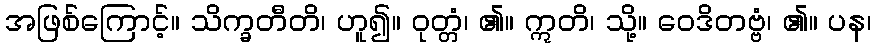
အဖြစ်ကြောင့်။ သိက္ခတီတိ၊ ဟူ၍။ ဝုတ္တံ၊ ၏။ ဣတိ၊ သို့။ ဝေဒိတဗ္ဗံ၊ ၏။ ပန၊